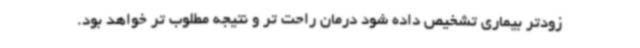
زودتر بیماری تشخیص داده شود درمان راحت تر و نتیجه مطلوب تر خواهد بود.